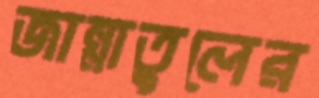
জান্নাতুলের